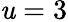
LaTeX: \mathit{u}=3